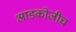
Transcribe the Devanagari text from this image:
आडकोजींच